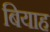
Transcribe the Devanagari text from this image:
बियाह